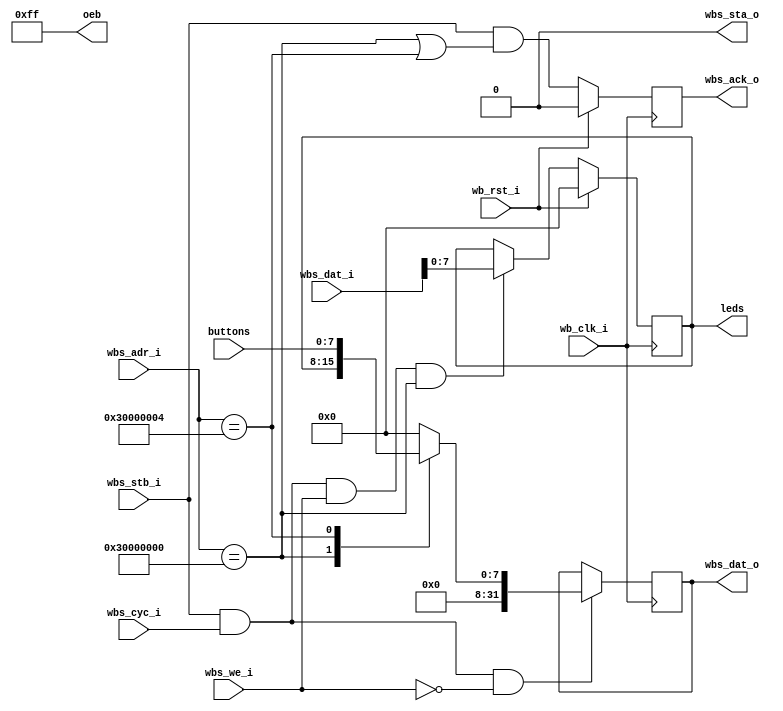
/*
    based off https://zipcpu.com/zipcpu/2017/05/29/simple-wishbone.html

    copyright Matt Venn 2020

    licensed under the GPL
*/
`default_nettype none
module wb_buttons_leds #(
    parameter   [31:0]  BASE_ADDRESS    = 32'h3000_0000,        // base address
    parameter   [31:0]  LED_ADDRESS     = BASE_ADDRESS,
    parameter   [31:0]  BUTTON_ADDRESS  = BASE_ADDRESS + 4
    ) (
    input wire          wb_clk_i,
    input wire          wb_rst_i,

    // wb interface
    input wire          wbs_cyc_i,       // wishbone transaction
    input wire          wbs_stb_i,       // strobe - data valid and accepted as long as !wbs_sta_o
    input wire          wbs_we_i,        // write enable
    input wire  [31:0]  wbs_adr_i,      // address
    input wire  [31:0]  wbs_dat_i,      // incoming data
    output reg          wbs_ack_o,       // request is completed 
    output wire         wbs_sta_o,     // cannot accept req
    output reg  [31:0]  wbs_dat_o,      // output data

    // buttons
    input wire  [7:0]   buttons,
    output reg  [7:0]   leds,
    output wire [15:0]   oeb
    );

    assign wbs_sta_o = 0;
    assign oeb = 16'b0000000011111111;

    // writes
    always @(posedge wb_clk_i) begin
        if(wb_rst_i)
            leds <= 8'b0;
        else if(wbs_stb_i && wbs_cyc_i && wbs_we_i && !wbs_sta_o && wbs_adr_i == LED_ADDRESS) begin
            leds <= wbs_dat_i[7:0];
        end
    end

    // reads
    always @(posedge wb_clk_i) begin
        if(wbs_stb_i && wbs_cyc_i && !wbs_we_i && !wbs_sta_o)
            case(wbs_adr_i)
                LED_ADDRESS: 
                    wbs_dat_o <= {24'b0, leds};
                BUTTON_ADDRESS: 
                    wbs_dat_o <= {24'b0, buttons};
                default:
                    wbs_dat_o <= 32'b0;
            endcase
    end

    // acks
    always @(posedge wb_clk_i) begin
        if(wb_rst_i)
            wbs_ack_o <= 0;
        else
            // return ack immediately
            wbs_ack_o <= (wbs_stb_i && !wbs_sta_o && (wbs_adr_i == LED_ADDRESS || wbs_adr_i == BUTTON_ADDRESS));
    end

`ifdef FORMAL
    default clocking @(posedge wb_clk_i); endclocking
    default disable iff (wb_rst_i);

    cyc:    assume property (wbs_cyc_i |=> wbs_cyc_i && wbs_ack_o);
    write:  cover property (##1 $rose(wbs_stb_i) |-> ##[+] wbs_dat_o[3:0] == 4'b1010);
    read:   cover property (##1 $rose(wbs_stb_i) |-> ##[+] leds[7:0] == 8'b11110000);
`endif
endmodule